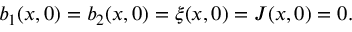
b _ { 1 } ( x , 0 ) = b _ { 2 } ( x , 0 ) = \xi ( x , 0 ) = J ( x , 0 ) = 0 .